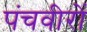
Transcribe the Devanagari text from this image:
पंचवीरों